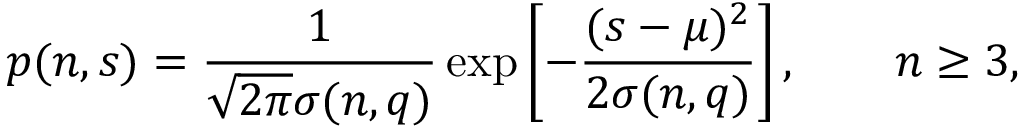
p ( n , s ) = \frac { 1 } { \sqrt { 2 \pi } \sigma ( n , q ) } \exp \left[ - \frac { ( s - \mu ) ^ { 2 } } { 2 \sigma ( n , q ) } \right] , \qquad n \geq 3 ,